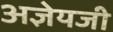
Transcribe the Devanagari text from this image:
अज्ञेयजी